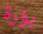
بؤرة